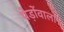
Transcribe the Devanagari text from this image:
पेड़ोंवाला